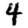
Digit: 4